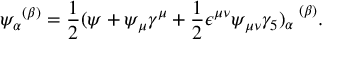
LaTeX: { \psi _ { \alpha } } ^ { ( \beta ) } = \frac { 1 } { 2 } ( \psi + \psi _ { \mu } \gamma ^ { \mu } + \frac { 1 } { 2 } \epsilon ^ { \mu \nu } \psi _ { \mu \nu } \gamma _ { 5 } ) _ { \alpha } ^ { \ \ ( \beta ) } .